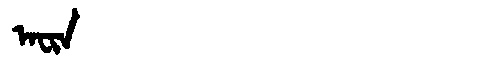
Manchu: ᠠᠸᡳᠨ
Romanization: AFIN